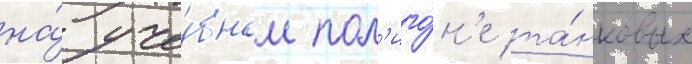
на́ уче́бном пол'иго́н'е та́нковых